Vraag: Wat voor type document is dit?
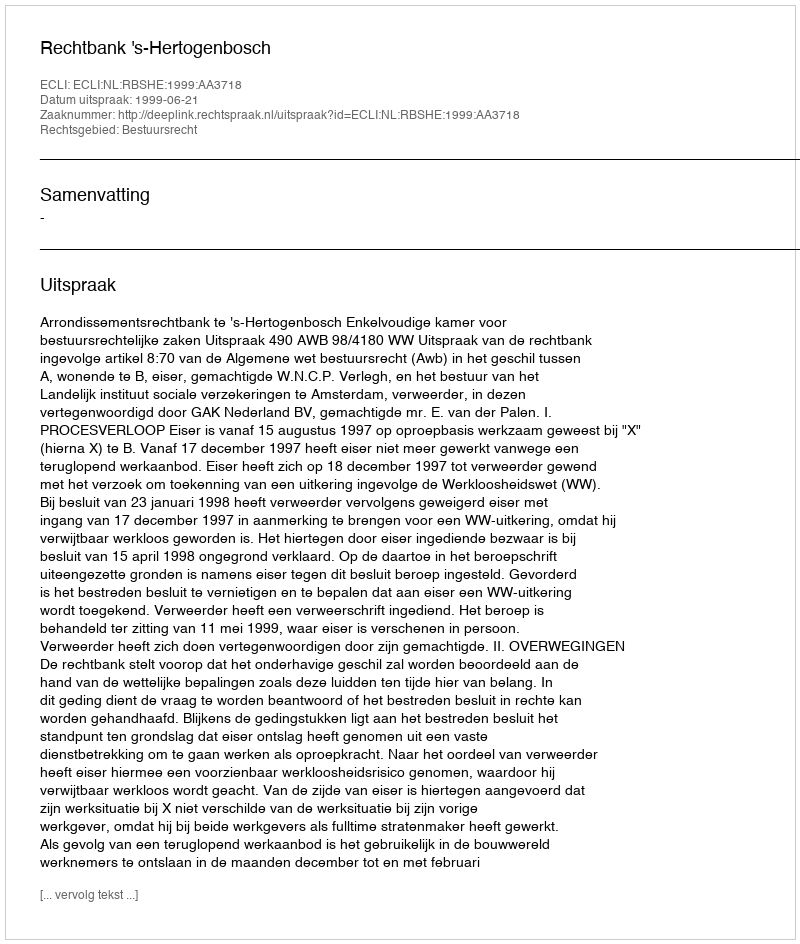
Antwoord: Uitspraak